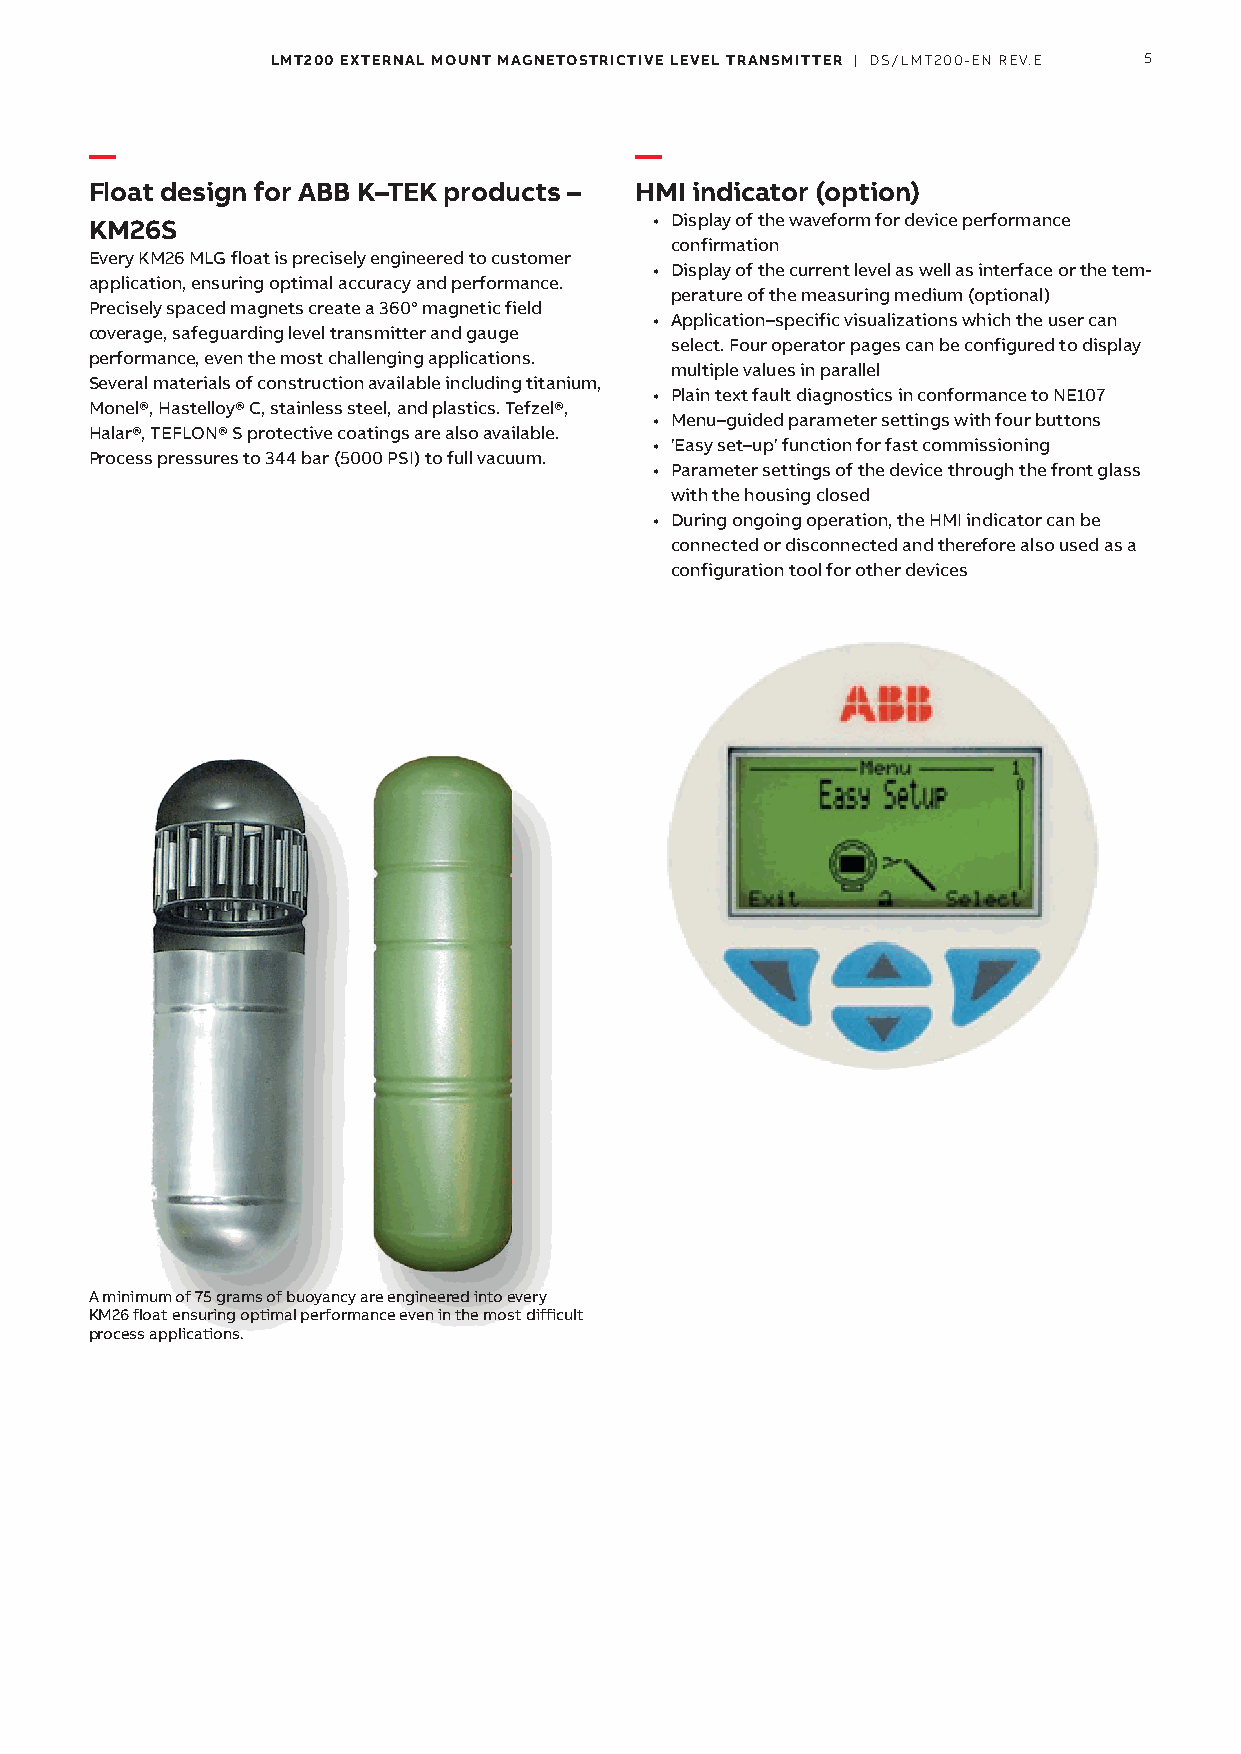
LMT200 EXTERNAL MOUNT MAGNETOSTRICTIVE LEVEL TRANSMITTER | DS/LMT200-EN REV.E 5
 —                                   —
 Float design for ABB K–TEK products – HMI indicator (option)
 KM26S                                • Display of the waveform for device performance
 confirmation
 Every KM26 MLG float is precisely engineered to customer
 • Display of the current level as well as interface or the tem-
 applica tion, ensuring optimal accuracy and performance.
 perature of the measuring medium (optional)
 Precisely spaced magnets create a 360° magnetic field
 • Application–specific visualizations which the user can
 coverage, safeguarding level transmitter and gauge
 select. Four operator pages can be configured to display
 performance, even the most challenging applications.
 multiple values in parallel
 Several materials of construction available including titanium,
 • Plain text fault diagnostics in conformance to NE107
 Monel®, Hastelloy® C, stainless steel, and plastics. Tefzel®,
 • Menu–guided parameter settings with four buttons
 Halar®, TEFLON® S protective coatings are also available.
 • 'Easy set–up' function for fast commissioning
 Process pressures to 344 bar (5000 PSI) to full vacuum.
 • Parameter settings of the device through the front glass
 with the housing closed
 • During ongoing operation, the HMI indicator can be
 connect ed or disconnected and therefore also used as a
 configura tion tool for other devices
 A minimum of 75 grams of buoyancy are engineered into every
 KM26 float ensuring optimal performance even in the most difficult
 process applications.